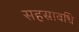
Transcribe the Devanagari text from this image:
सहस्रावधि